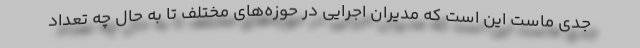
جدی ماست این است که مدیران اجرایی در حوزه‌های مختلف تا به حال چه تعداد